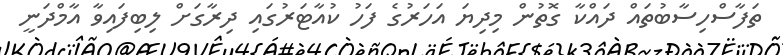
ތަފާސްހިސާބުތައް ދައްކާ ގޮތުން މިދިޔަ އަހަރުގެ ފަހު ކުއާޓަރުގައި ދިރާގަށް ލިބިފައިވާ އާމްދަނީ